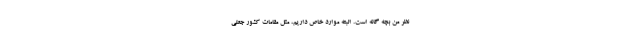
نظر من بچه گانه است. البته موارد خاص داریم، مثل مقامات کشور جعلی